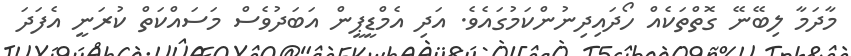
މާދަމާ ލިބޭނޭ ގޮތްތަކެއް ހޯދައިދިނުންކަމުގައެވެ. އަދި އެމްޑީޕީން އަބަދުވެސް މަސައްކަތް ކުރަނީ އެފަދަ